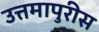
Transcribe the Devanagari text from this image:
उत्तमापुरीस